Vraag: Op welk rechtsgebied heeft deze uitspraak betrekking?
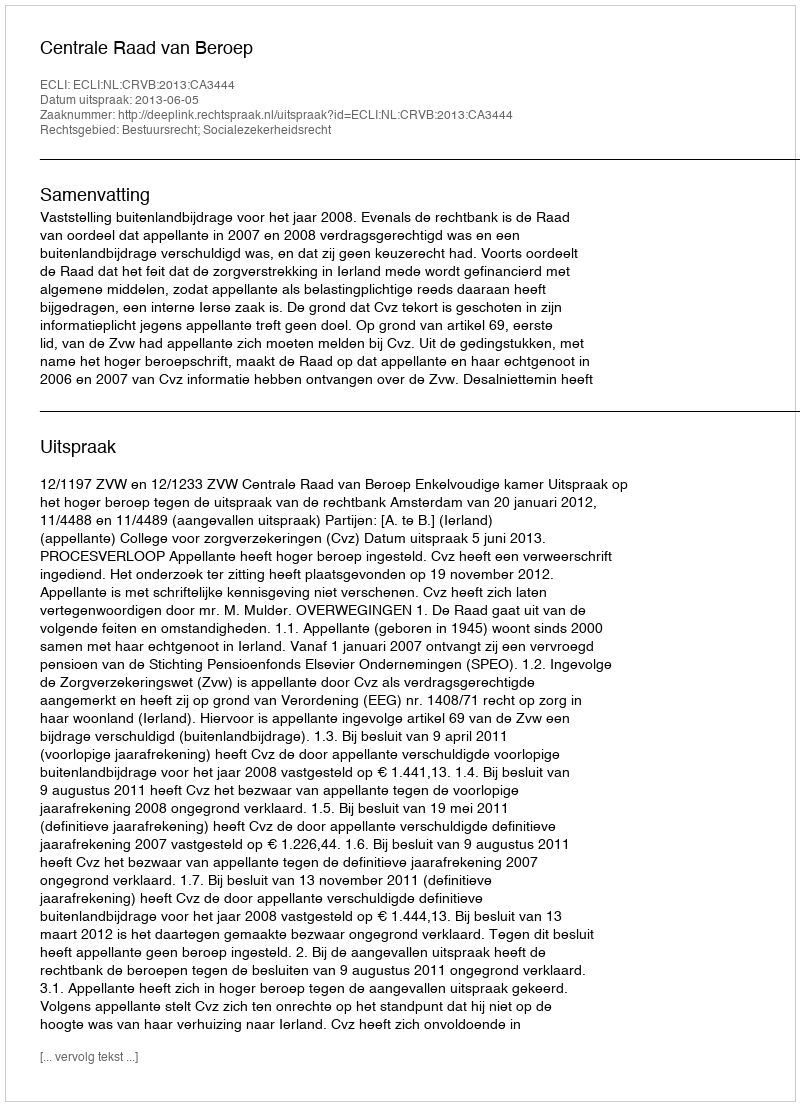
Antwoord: Bestuursrecht; Socialezekerheidsrecht